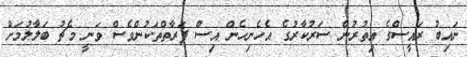
ނައިބު ރައީސްގެ އިތުރުން ސަރުކާރުގެ އެހެނިހެން އިސް ފަރާތްތަކުންވެސް ވަނީ މެޗު ބަލާލުމަށް